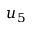
u _ { 5 }